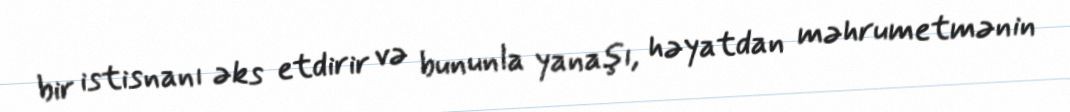
bir istisnanı əks etdirir və bununla yanaşı, həyatdan məhrumetmənin